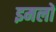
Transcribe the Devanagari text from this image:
इमलों